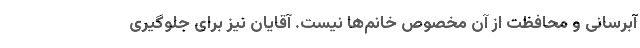
آبرسانی و محافظت از آن مخصوص خانم­ها نیست. آقایان نیز برای جلوگیری